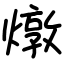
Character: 燉